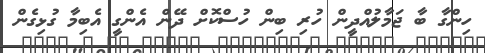
ހިންގާ ބާ ޖަމާލުއްދީން ހުރި ބިން ހުސްކޮށް ދޭން އެންގީ އެބިމާ ގުޅިގެން